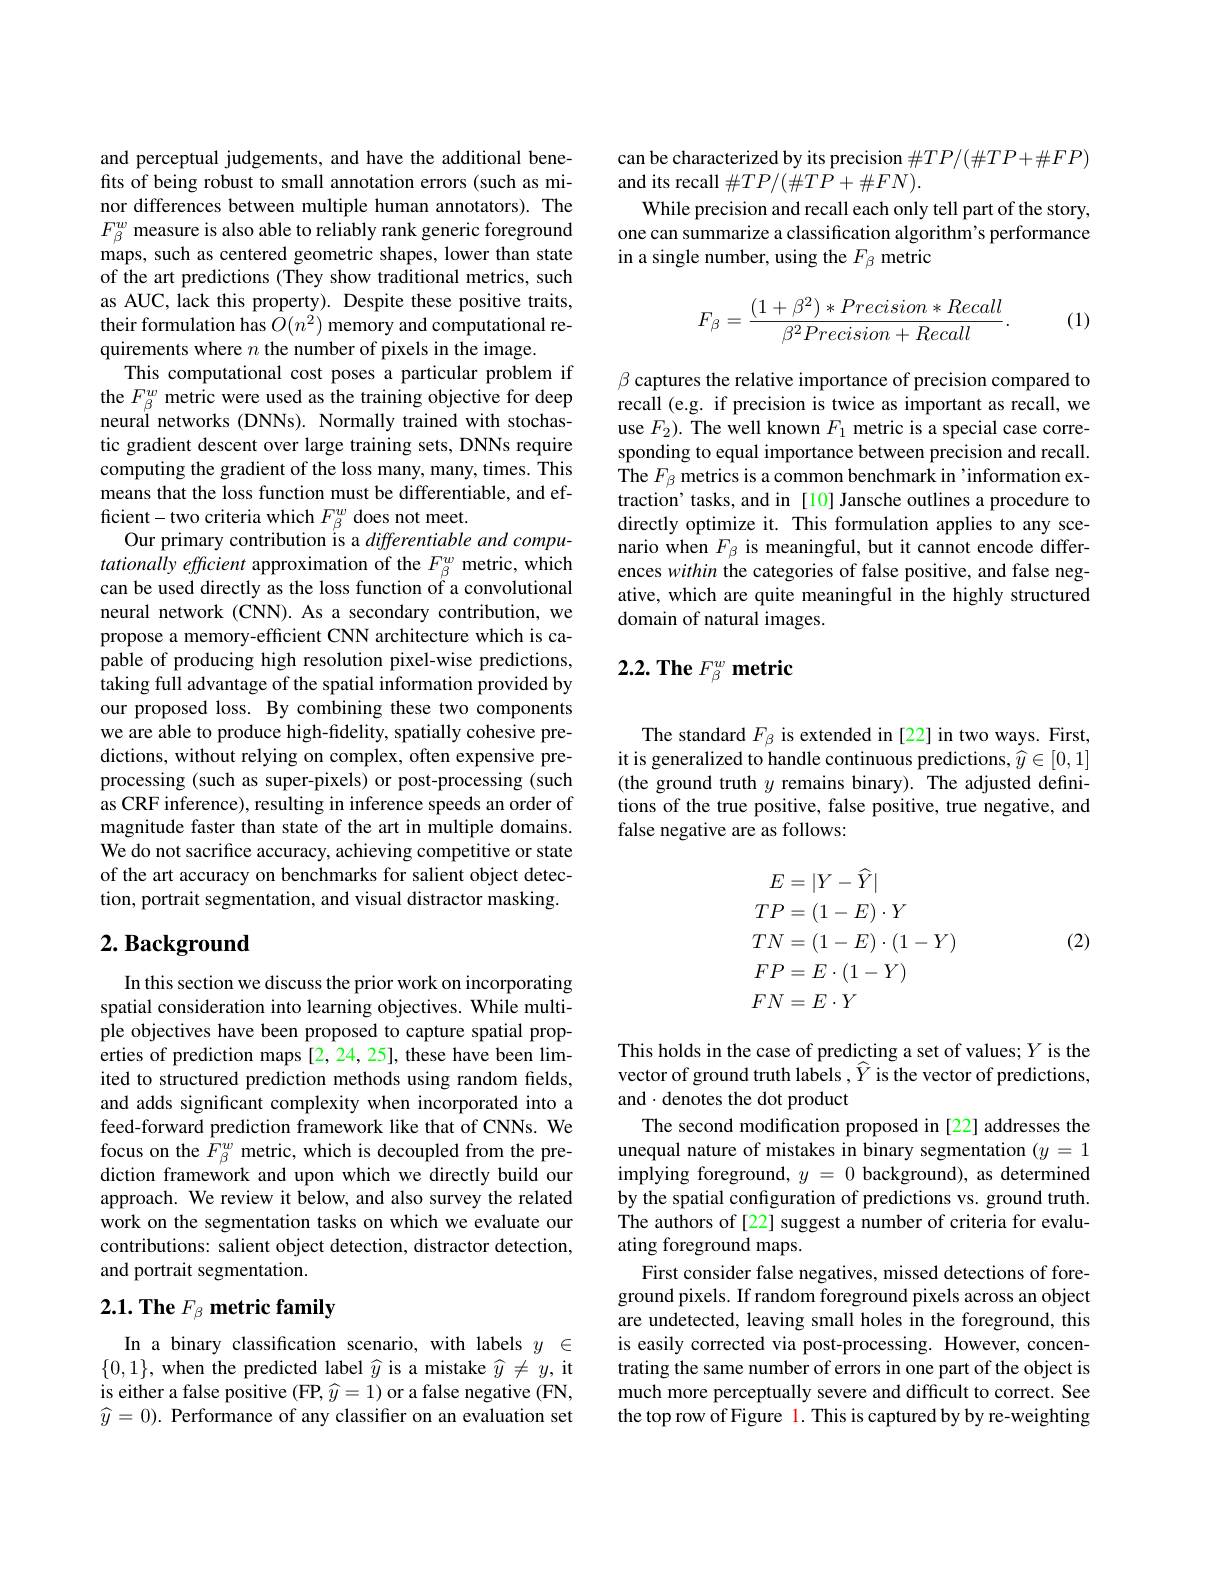
and perceptual judgements, and have the additional benefits of being robust to small annotation errors (such as minor differences between multiple human annotators). The $F_{\beta}^w$ measure is also able to reliably rank generic foreground maps, such as centered geometric shapes, lower than state of the art predictions (They show traditional metrics, such as AUC, lack this property). Despite these positive traits, their formulation has $O(n^2)$ memory and computational requirements where $n$ the number of pixels in the image.
This computational cost poses a particular problem if the $F_{\beta}^{w}$ metric were used as the training objective for deep neural networks (DNNs). Normally trained with stochastic gradient descent over large training sets, DNNs require computing the gradient of the loss many, many, times. This means that the loss function must be differentiable, and efficient-two criteria which $F_{\beta}^{w}$ does not meet.
Our primary contribution is a differentiable and computationallyeffcient approximation of the $F_{\beta}^{w}$ metric, which can be used directly as the loss function of a convolutional neural network (CNN). As a secondary contribution, we propose a memory-efficient CNN architecture which is capable of producing high resolution pixel-wise predictions, taking full advantage of the spatial information provided by our proposed loss. By combining these two components we are able to produce high-fidelity, spatially cohesive predictions, without relying on complex, often expensive preprocessing (such as super-pixels) or post-processing (such as CRF inference), resulting in inference speeds an order of magnitude faster than state of the art in multiple domains. We do not sacrifice accuracy, achieving competitive or state of the art accuracy on benchmarks for salient object detection, portrait segmentation, and visual distractor masking. $2. \textbf{ Background}$

In this section we discuss the prior work on incorporating spatial consideration into learning objectives. While multiple objectives have been proposed to capture spatial properties of prediction maps [2,24,25], these have been limited to structured prediction methods using random fields, and adds significant complexity when incorporated into a feed-forward prediction framework like that of CNNs. We focus on the $F_{\beta}^{w}$ metric, which is decoupled from the prediction framework and upon which we directly build our approach. We review it below, and also survey the related work on the segmentation tasks on which we evaluate our contributions: salient object detection, distractor detection, and portrait segmentation.

# $2. 1. \textbf{The }F_{\beta }\textbf{ metric family}$

In a binary classification scenario, with labels $y\in$ $\{0,1\}$, when the predicted label $\widehat{y}$ is a mistake $\widehat{y}\neq y$, it is either a false positive (FP$, \widehat{y} = 1)$ or a false negative (FN, $\widehat{y}=0).$ Performance of any classifier on an evaluation set

can be characterized by its precision $\#TP/(\#TP+\#FP)$
and its recall $\#TP/(\#TP+\#FN).$
While precision and recall each only tell part of the story, one can summarize a classification algorithm's performance in a single number, using the $F_{\beta}$ metric
$$\begin{aligned}F_\beta=\frac{(1+\beta^2)*Precision*Recall}{\beta^2Precision+Recall}.\end{aligned}$$
(1)

$\beta$ captures the relative importance of precision compared to recall (e.g. if precision is twice as important as recall, we use $F_2).$ The well known $F_1$ metric is a special case corresponding to equal importance between precision and recall. The $F_{\beta}$ metrics is a common benchmark in'information extraction' tasks, and in [10] Jansche outlines a procedure to directly optimize it. This formulation applies to any scenario when $F_\beta$ is meaningful, but it cannot encode differences within the categories of false positive, and false negative, which are quite meaningful in the highly structured domain of natural images.

# $2. 2. \textbf{The }F_{\beta }^{w}\textbf{metric}$

The standard $F_{\beta}$ is extended in [22] in two ways. First, it is generalized to handle continuous predictions, $\widehat{y}\in[0,1]$ (the ground truth $y$ remains binary). The adjusted definitions of the true positive, false positive, true negative, and false negative are as follows:
$$\begin{aligned}E&=|Y-\widehat{Y}|\\TP&=(1-E)\cdot Y\\TN&=(1-E)\cdot(1-Y)\\FP&=E\cdot(1-Y)\\FN&=E\cdot Y\end{aligned}$$
(2)

This holds in the case of predicting a set of values; $Y$ is the vector of ground truth labels $,\widehat{Y}$ is the vector of predictions, and$\cdot$denotes the dot product
The second modification proposed in [22] addresses the unequal nature of mistakes in binary segmentation $(y=1$ implying foreground, $y=0$ background), as determined by the spatial configuration of predictions vs. ground truth. The authors of [22] suggest a number of criteria for evaluating foreground maps.
First consider false negatives, missed detections of foreground pixels. If random foreground pixels across an object are undetected, leaving small holes in the foreground, this is easily corrected via post-processing. However, concentrating the same number of errors in one part of the object is much more perceptually severe and difficult to correct. See the top row of Figure 1. This is captured by by re-weighting